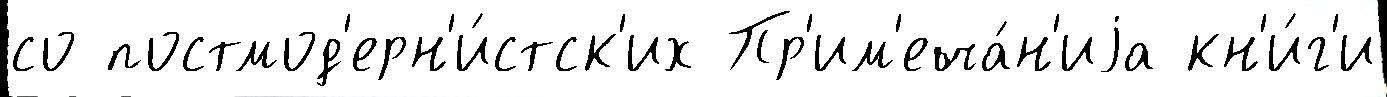
со постмод'ерн'и́стск'их Пр'им'еча́н'иjа кн'и́г'и